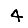
Digit: 4